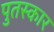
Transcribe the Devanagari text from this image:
पुतस्कार